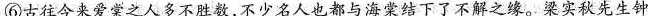
⑥古往今来爱棠之人多不胜数，不少名人也都与海棠结下了不解之缘。梁实秋先生钟